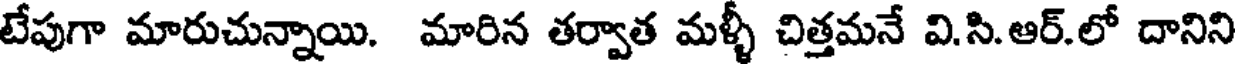
టేపుగా మారుచున్నాయి. మారిన తర్వాత మళ్ళీ చిత్తమనే వి.సి.ఆర్.లో దానిని